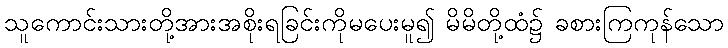
သူကောင်းသားတို့အားအစိုးရခြင်းကိုမပေးမူ၍ မိမိတို့ထံ၌ ခစားကြကုန်သော